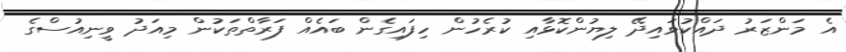
އެ މަންޒަރު ދައްކުވައިދޭ ލިޔުންކޮޅާއި ކުރެހުން ހިފައިގެން ބައެއް ފަރާތްތަކުން މިއަދު ވީނިއުސްގެ